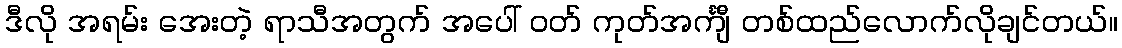
ဒီလို အရမ်း အေးတဲ့ ရာသီအတွက် အပေါ် ဝတ် ကုတ်အင်္ကျီ တစ်ထည်လောက်လိုချင်တယ်။